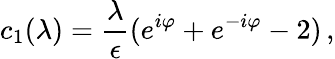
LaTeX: c_{1}(\lambda)={\frac{\lambda}{\epsilon}}(e^{i\varphi}+e^{-i\varphi}-2)\, ,